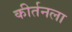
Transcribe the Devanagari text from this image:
कीर्तनला